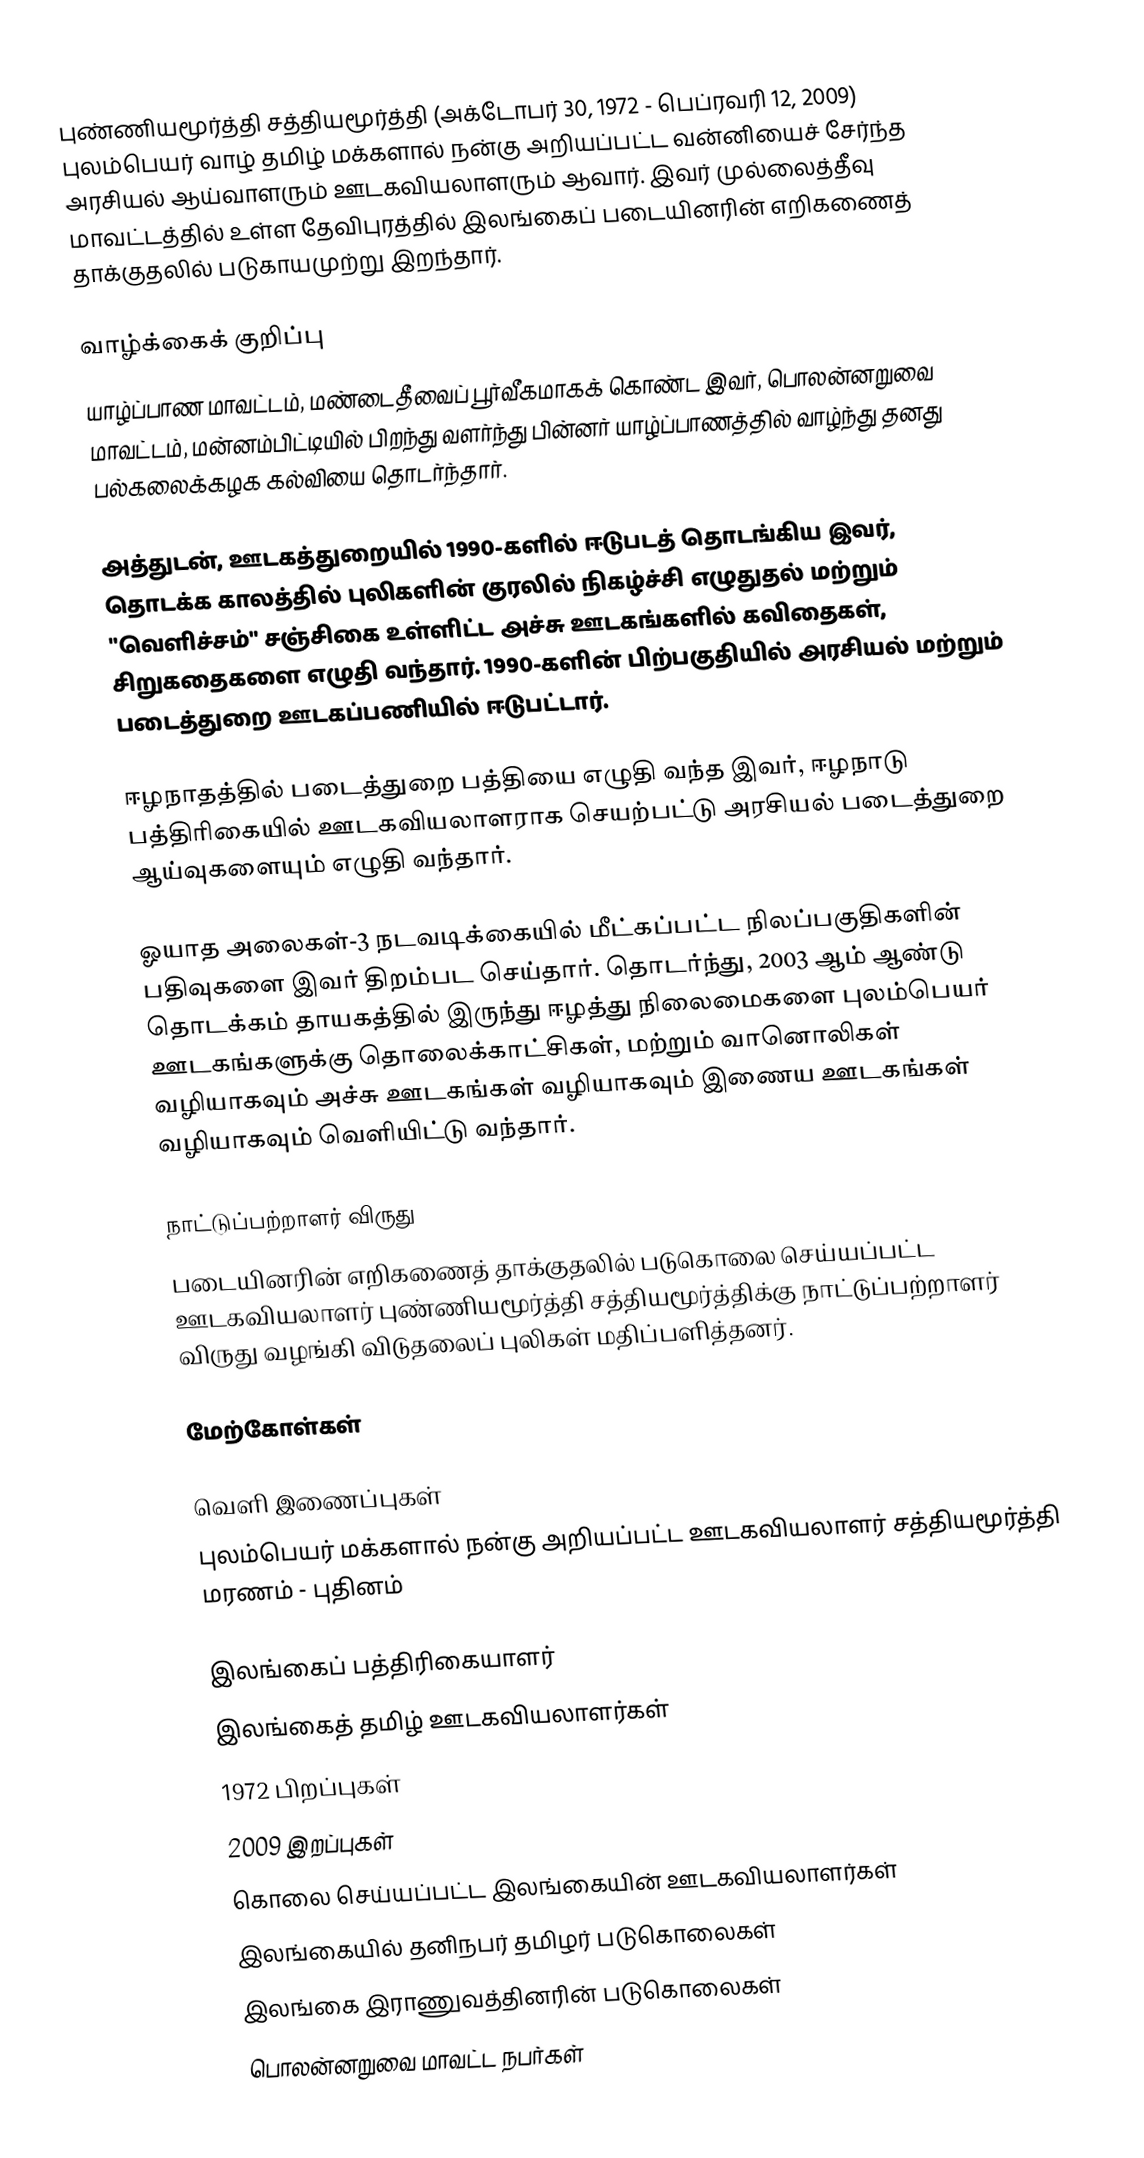
புண்ணியமூர்த்தி சத்தியமூர்த்தி (அக்டோபர் 30, 1972 - பெப்ரவரி 12, 2009) புலம்பெயர் வாழ் தமிழ் மக்களால் நன்கு அறியப்பட்ட வன்னியைச் சேர்ந்த அரசியல் ஆய்வாளரும் ஊடகவியலாளரும் ஆவார். இவர் முல்லைத்தீவு மாவட்டத்தில் உள்ள தேவிபுரத்தில் இலங்கைப் படையினரின் எறிகணைத் தாக்குதலில் படுகாயமுற்று இறந்தார்.

வாழ்க்கைக் குறிப்பு
யாழ்ப்பாண மாவட்டம், மண்டைதீவைப் பூர்வீகமாகக் கொண்ட இவர், பொலன்னறுவை மாவட்டம், மன்னம்பிட்டியில் பிறந்து வளர்ந்து பின்னர் யாழ்ப்பாணத்தில் வாழ்ந்து தனது பல்கலைக்கழக கல்வியை தொடர்ந்தார்.

அத்துடன், ஊடகத்துறையில் 1990-களில் ஈடுபடத் தொடங்கிய இவர், தொடக்க காலத்தில் புலிகளின் குரலில் நிகழ்ச்சி எழுதுதல் மற்றும் "வெளிச்சம்" சஞ்சிகை உள்ளிட்ட அச்சு ஊடகங்களில் கவிதைகள், சிறுகதைகளை எழுதி வந்தார். 1990-களின் பிற்பகுதியில் அரசியல் மற்றும் படைத்துறை ஊடகப்பணியில் ஈடுபட்டார்.

ஈழநாதத்தில் படைத்துறை பத்தியை எழுதி வந்த இவர், ஈழநாடு பத்திரிகையில் ஊடகவியலாளராக செயற்பட்டு அரசியல் படைத்துறை ஆய்வுகளையும் எழுதி வந்தார்.

ஓயாத அலைகள்-3 நடவடிக்கையில் மீட்கப்பட்ட நிலப்பகுதிகளின் பதிவுகளை இவர் திறம்பட செய்தார். தொடர்ந்து, 2003 ஆம் ஆண்டு தொடக்கம் தாயகத்தில் இருந்து ஈழத்து நிலைமைகளை புலம்பெயர் ஊடகங்களுக்கு தொலைக்காட்சிகள், மற்றும் வானொலிகள் வழியாகவும் அச்சு ஊடகங்கள் வழியாகவும் இணைய ஊடகங்கள் வழியாகவும் வெளியிட்டு வந்தார்.

நாட்டுப்பற்றாளர் விருது
படையினரின் எறிகணைத் தாக்குதலில் படுகொலை செய்யப்பட்ட ஊடகவியலாளர் புண்ணியமூர்த்தி சத்தியமூர்த்திக்கு நாட்டுப்பற்றாளர் விருது வழங்கி விடுதலைப் புலிகள் மதிப்பளித்தனர்.

மேற்கோள்கள்

வெளி இணைப்புகள்
 புலம்பெயர் மக்களால் நன்கு அறியப்பட்ட ஊடகவியலாளர் சத்தியமூர்த்தி மரணம் - புதினம்

இலங்கைப் பத்திரிகையாளர்
இலங்கைத் தமிழ் ஊடகவியலாளர்கள்
1972 பிறப்புகள்
2009 இறப்புகள்
கொலை செய்யப்பட்ட இலங்கையின் ஊடகவியலாளர்கள்
இலங்கையில் தனிநபர் தமிழர் படுகொலைகள்
இலங்கை இராணுவத்தினரின் படுகொலைகள்
பொலன்னறுவை மாவட்ட நபர்கள்